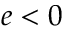
e < 0